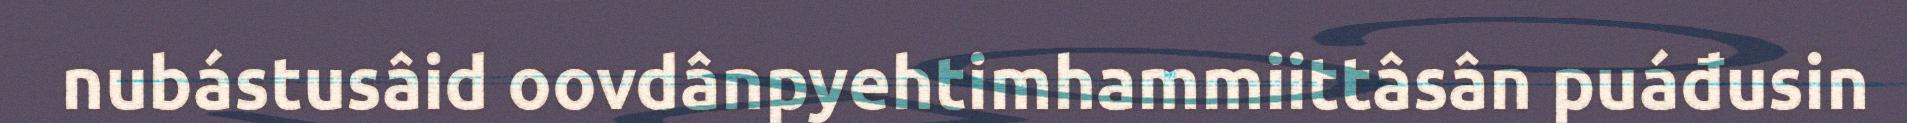
nubástusâid oovdânpyehtimhammiittâsân puáđusin